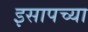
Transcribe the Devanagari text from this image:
इसापच्या